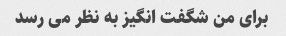
برای من شگفت انگیز به نظر می رسد